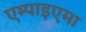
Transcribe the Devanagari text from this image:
एम्पाइएमा